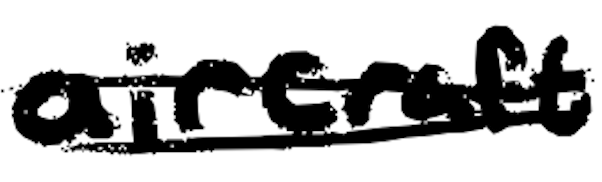
Text: aircraft
Cross-out: double-line
Writing tool: digital_black